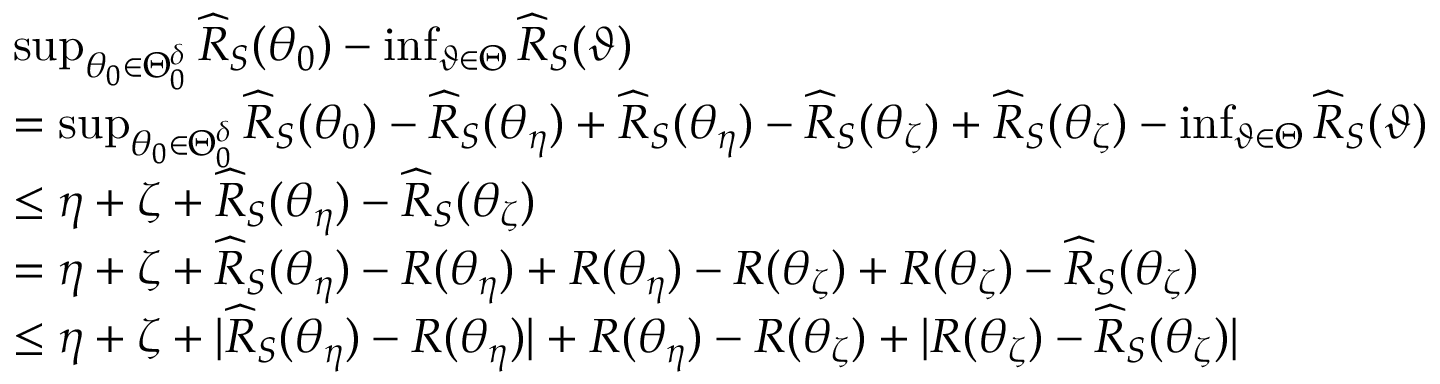
\begin{array} { r l } & { \operatorname* { s u p } _ { \theta _ { 0 } \in \Theta _ { 0 } ^ { \delta } } \widehat { R } _ { S } ( \theta _ { 0 } ) - \operatorname* { i n f } _ { \vartheta \in \Theta } \widehat { R } _ { S } ( \vartheta ) } \\ & { = \operatorname* { s u p } _ { \theta _ { 0 } \in \Theta _ { 0 } ^ { \delta } } \widehat { R } _ { S } ( \theta _ { 0 } ) - \widehat { R } _ { S } ( \theta _ { \eta } ) + \widehat { R } _ { S } ( \theta _ { \eta } ) - \widehat { R } _ { S } ( \theta _ { \zeta } ) + \widehat { R } _ { S } ( \theta _ { \zeta } ) - \operatorname* { i n f } _ { \vartheta \in \Theta } \widehat { R } _ { S } ( \vartheta ) } \\ & { \leq \eta + \zeta + \widehat { R } _ { S } ( \theta _ { \eta } ) - \widehat { R } _ { S } ( \theta _ { \zeta } ) } \\ & { = \eta + \zeta + \widehat { R } _ { S } ( \theta _ { \eta } ) - R ( \theta _ { \eta } ) + R ( \theta _ { \eta } ) - R ( \theta _ { \zeta } ) + R ( \theta _ { \zeta } ) - \widehat { R } _ { S } ( \theta _ { \zeta } ) } \\ & { \leq \eta + \zeta + | \widehat { R } _ { S } ( \theta _ { \eta } ) - R ( \theta _ { \eta } ) | + R ( \theta _ { \eta } ) - R ( \theta _ { \zeta } ) + | R ( \theta _ { \zeta } ) - \widehat { R } _ { S } ( \theta _ { \zeta } ) | } \end{array}